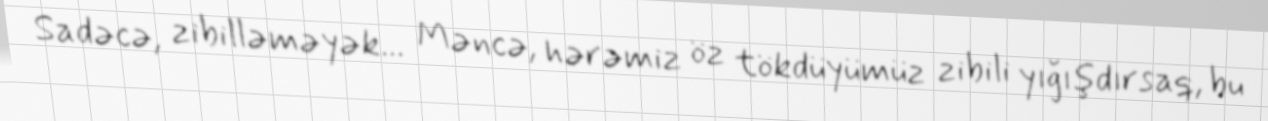
Sadəcə, zibilləməyək... Məncə, hərəmiz öz tökdüyümüz zibili yığışdırsaq, bu